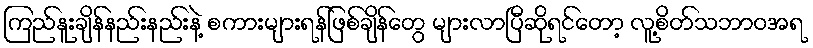
ကြည်နူးချိန်နည်းနည်းနဲ့ စကားများရန်ဖြစ်ချိန်တွေ များလာပြီဆိုရင်တော့ လူ့စိတ်သဘာဝအရ